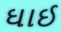
ઘાઈ